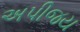
અપીજય